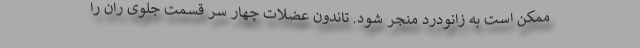
ممکن است به زانودرد منجر شود. تاندون عضلات چهار سر قسمت جلوی ران را